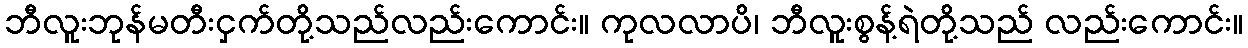
ဘီလူးဘုန်မတီးငှက်တို့သည်လည်းကောင်း။ ကုလလာပိ၊ ဘီလူးစွန့်ရဲတို့သည် လည်းကောင်း။